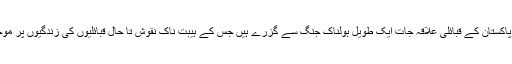
بلا شبہ پاکستان کے قبائلی علاقہ جات ایک طویل ہولناک جنگ سے گزرے ہیں جس کے ہیبت ناک نقوش تا حال قبائلیوں کی زندگیوں پر موجود ہیں۔